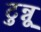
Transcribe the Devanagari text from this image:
टुन्नू